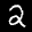
Label: 2